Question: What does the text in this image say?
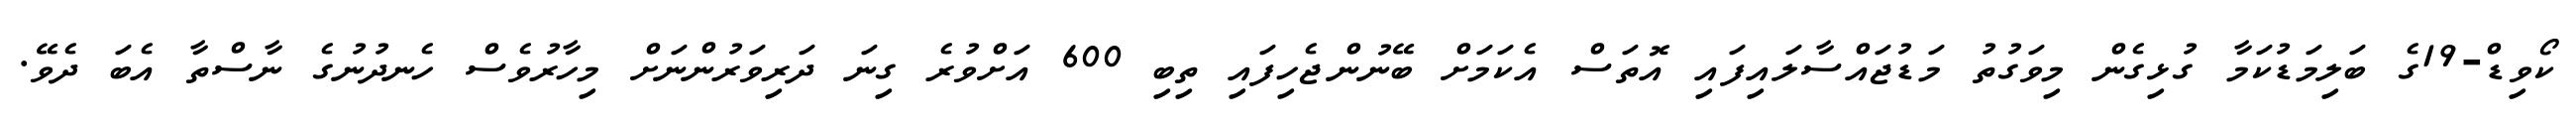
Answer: ކޯވިޑް-19ގެ ބަލިމަޑުކަމާ ގުޅިގެން މިވަގުތު މަޑުޖައްސާލައިފައި އޮތަސް އެކަމަށް ބޭނުންޖެހިފައި ތިބި 600 އަށްވުރެ ގިނަ ދަރިވަރުންނަށް މިހާރުވެސް ހެނދުނުގެ ނާސްތާ އެބަ ދެވޭ.